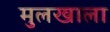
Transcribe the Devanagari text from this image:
मुलखाला